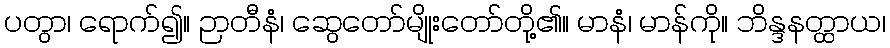
ပတွာ၊ ရောက်၍။ ဉာတီနံ၊ ဆွေတော်မျိုးတော်တို့၏။ မာနံ၊ မာန်ကို။ ဘိန္ဒနတ္ထာယ၊